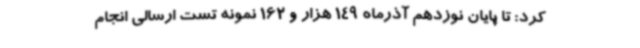
کرد: تا پایان نوزدهم آذرماه 149 هزار و 162 نمونه تست ارسالی انجام